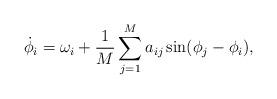
LaTeX: \begin{align*} \dot \phi_i = \omega_i + \frac 1M \sum_{j=1}^M a_{ij} \sin(\phi_j-\phi_i),\end{align*}